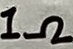
Text: 1Ω